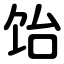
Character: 饴